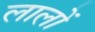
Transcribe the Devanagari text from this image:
लालों